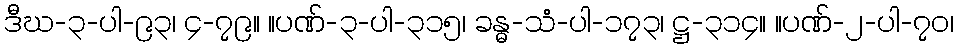
ဒီဃ-၃-ပါ-၉၃၊ ၄-၇၉။ ။ပဏ်-၃-ပါ-၃၁၅၊ ခန္ဓ-သံ-ပါ-၁၇၃၊ ဋ္ဌ-၃၁၄။ ။ပဏ်-၂-ပါ-၇၀၊